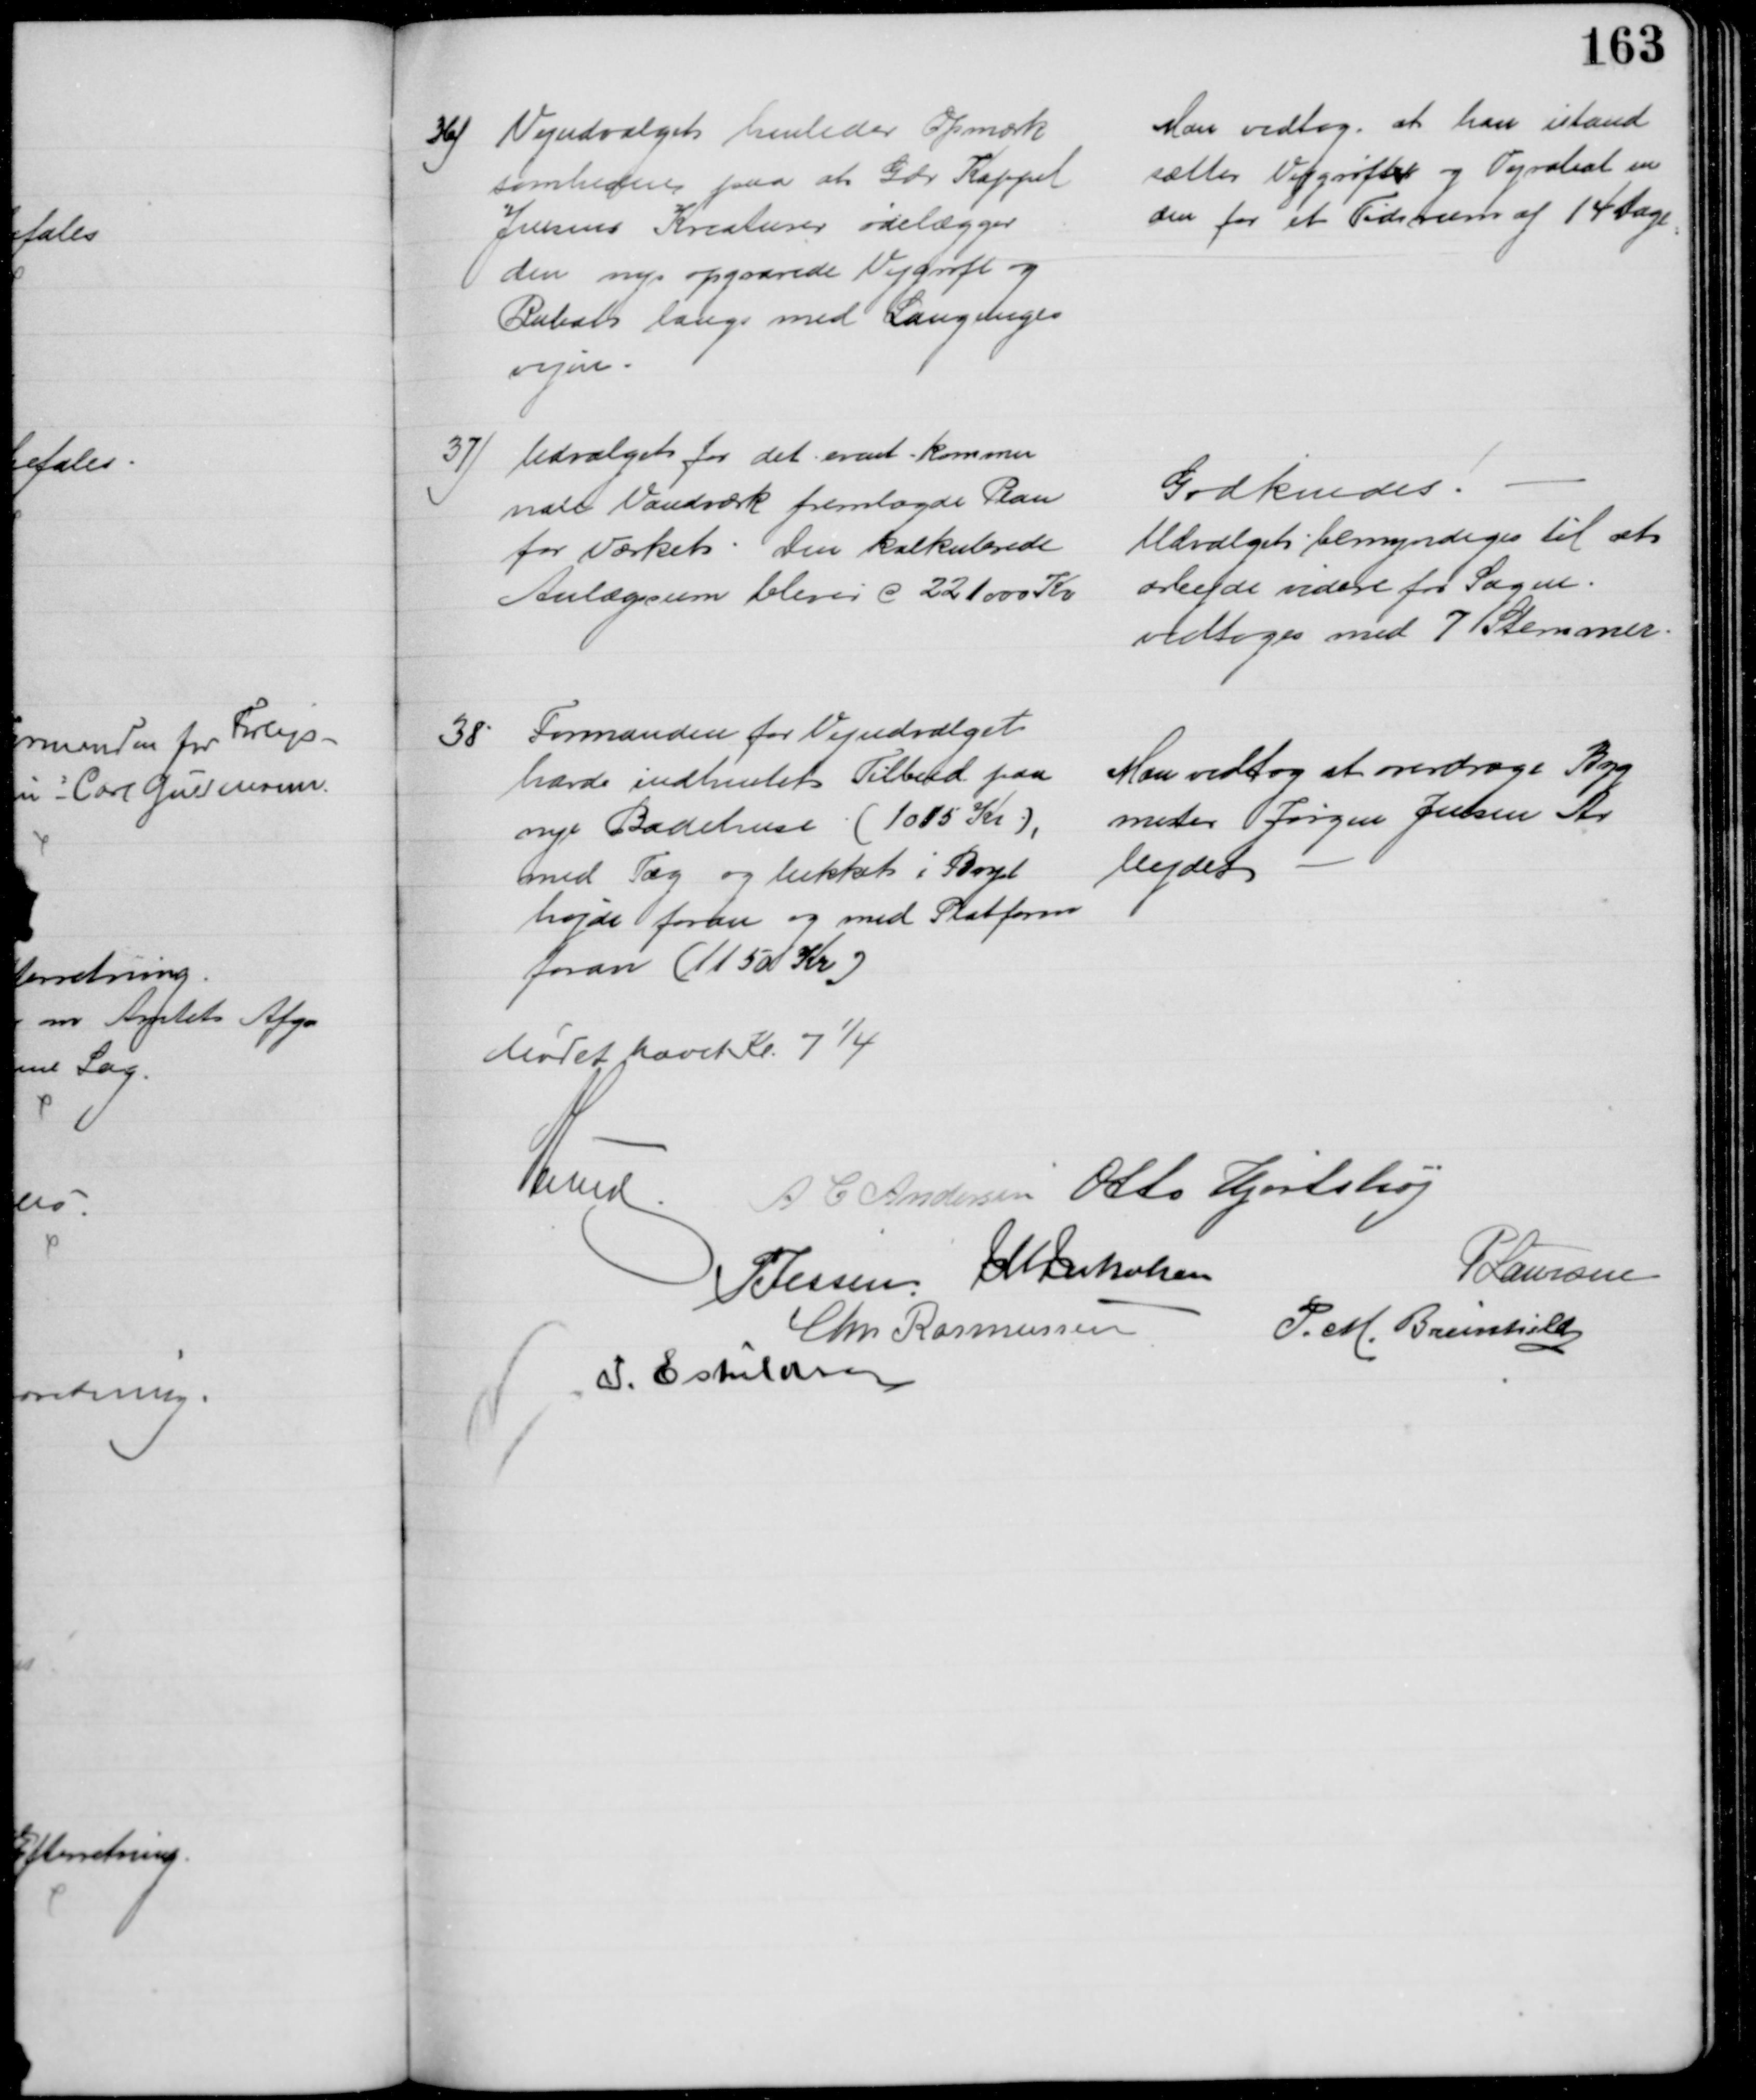
Transskription:
36) Vejudvalget henleder Opmærk
somheden paa at Gdr. Kappel
Jensens Kreaturer ødelægger
den nye opgravede Vejgrøft og 
Rabat langs med Langenge-
vejen.
Man vedtog at han istand
sætter Vejgrøfter og Vejrabat in
den for et Tidsrum af 14 Dage
37) Udvalget for det event. kommu
nale Vandværk fremlagde Plan 
for Værket. Den kalkulerede
Anlægssum bliver c 221000 Kr
Godkendes
Udvalget bemyndiges til at
arbejde videre for Sagen.
vedtoges med 7 Stemmer.
38. Formanden for Vejudvalget
havde indhentet Tilbud paa 
nye Badehuse (1015 Kr),
med Tag og lukket i Boyl
højde foran og med Platform
foran (1150 Kr)
Man vedtog at overdrage Byg
mester Jørgen Jensen Ar
bejdet
Mødet hævet Kl. 7¼
A Lund A C Andersen Otto Hjortshøj
P Jessen  J M Jakobsen
P Laursen
Chr. Rasmussen
P. M. Breinhild
I. Eskildsen